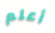
أعلم